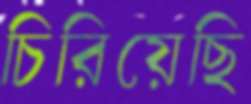
চিরিয়েছি